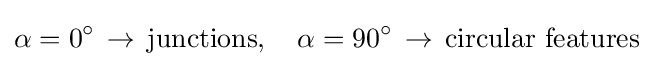
\alpha =0^{\circ }\,\rightarrow \,{\mbox{junctions}},\quad \alpha =90^{\circ }\,\rightarrow \,{\mbox{circular features}}